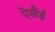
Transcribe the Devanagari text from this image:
ऐसौई